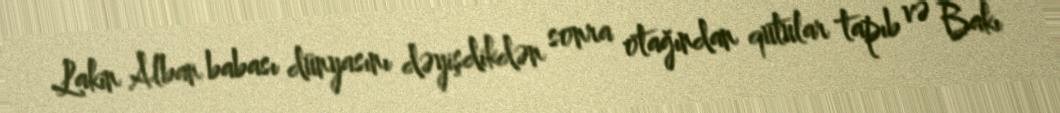
Lakin Alban babası dünyasını dəyişdikdən sonra otağından qutular tapıb və Bakı